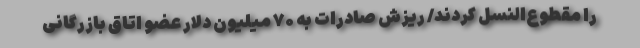
را مقطوع‌النسل کردند/ ریزش صادرات به ۷۰ میلیون دلار عضو اتاق بازرگانی